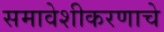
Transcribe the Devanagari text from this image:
समावेशीकरणाचे